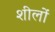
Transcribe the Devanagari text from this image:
शीलों